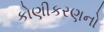
કોણીકરણનો